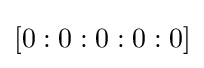
[0:0:0:0:0]